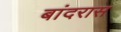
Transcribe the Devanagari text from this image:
बांदरास